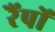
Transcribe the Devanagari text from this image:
रैंपों